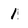
Character: 1